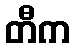
တီက